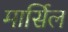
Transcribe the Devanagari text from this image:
मार्सिल